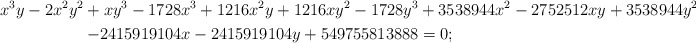
\begin{gather*}x^3y-2x^2y^2+xy^3-1728x^3+1216x^2y+1216xy^2-1728y^3+3538944x^2-2752512xy+3538944y^2\\-2415919104x-2415919104y+549755813888=0;\end{gather*}